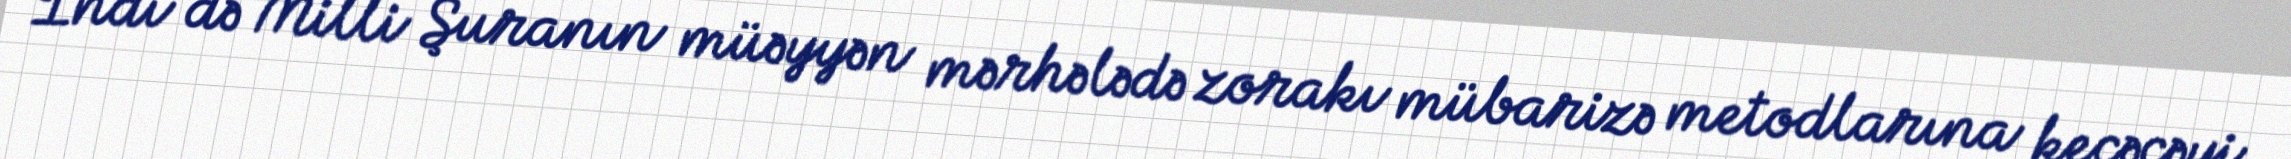
İndi də Milli Şuranın müəyyən mərhələdə zorakı mübarizə metodlarına keçəcəyi